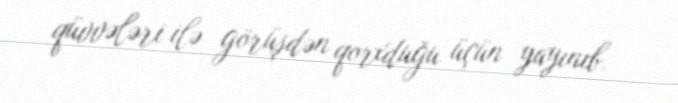
qüvvələri ilə görüşdən qorxduğu üçün yayınıb.